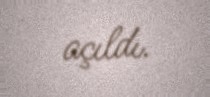
açıldı.